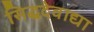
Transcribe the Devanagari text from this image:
सिद्धदेवाद्या